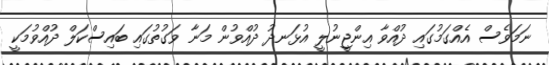
ނަމަވެސް އެއްގަމުގައި ދުއްވާ އިންޖީނުލީ އުޅަނދު ދުއްވުން މަނާ ވަގުތުގައި ބައިސްކަލް ދުއްވުމަކީ